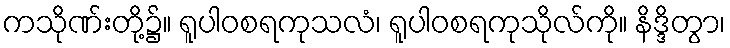
ကသိုဏ်းတို့၌။ ရူပါဝစရကုသလံ၊ ရူပါဝစရကုသိုလ်ကို။ နိဒ္ဒိတွာ၊